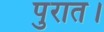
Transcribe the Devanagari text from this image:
पुरात।